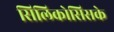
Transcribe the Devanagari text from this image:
सिलिकोसिसके